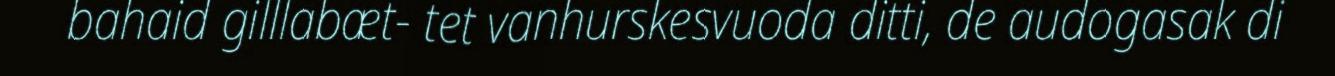
bahaid gilllabæt- tet vanhurskesvuoda ditti, de audogasak di